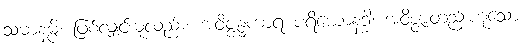
သမာနမ္ပိ၊ ဖြစ်လျှင်းမူလည်း။ အဝိဇ္ဇန္ဓကာရ ပရိယောနဒ္ဓါ၊ အဝိဇ္ဇာတည်းဟူသော